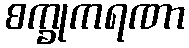
စက္ခုကရဏာ